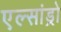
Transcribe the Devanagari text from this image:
एल्‍सांड्रो